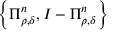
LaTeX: \left\{ \Pi _ { \rho , \delta } ^ { n } , I - \Pi _ { \rho , \delta } ^ { n } \right\}